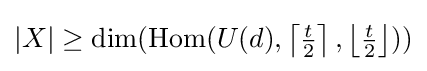
|X|\geq \dim(\operatorname {Hom} (U(d),\left\lceil {\tfrac {t}{2}}\right\rceil ,\left\lfloor {\tfrac {t}{2}}\right\rfloor ))